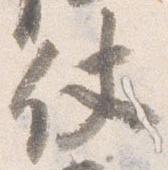
仗